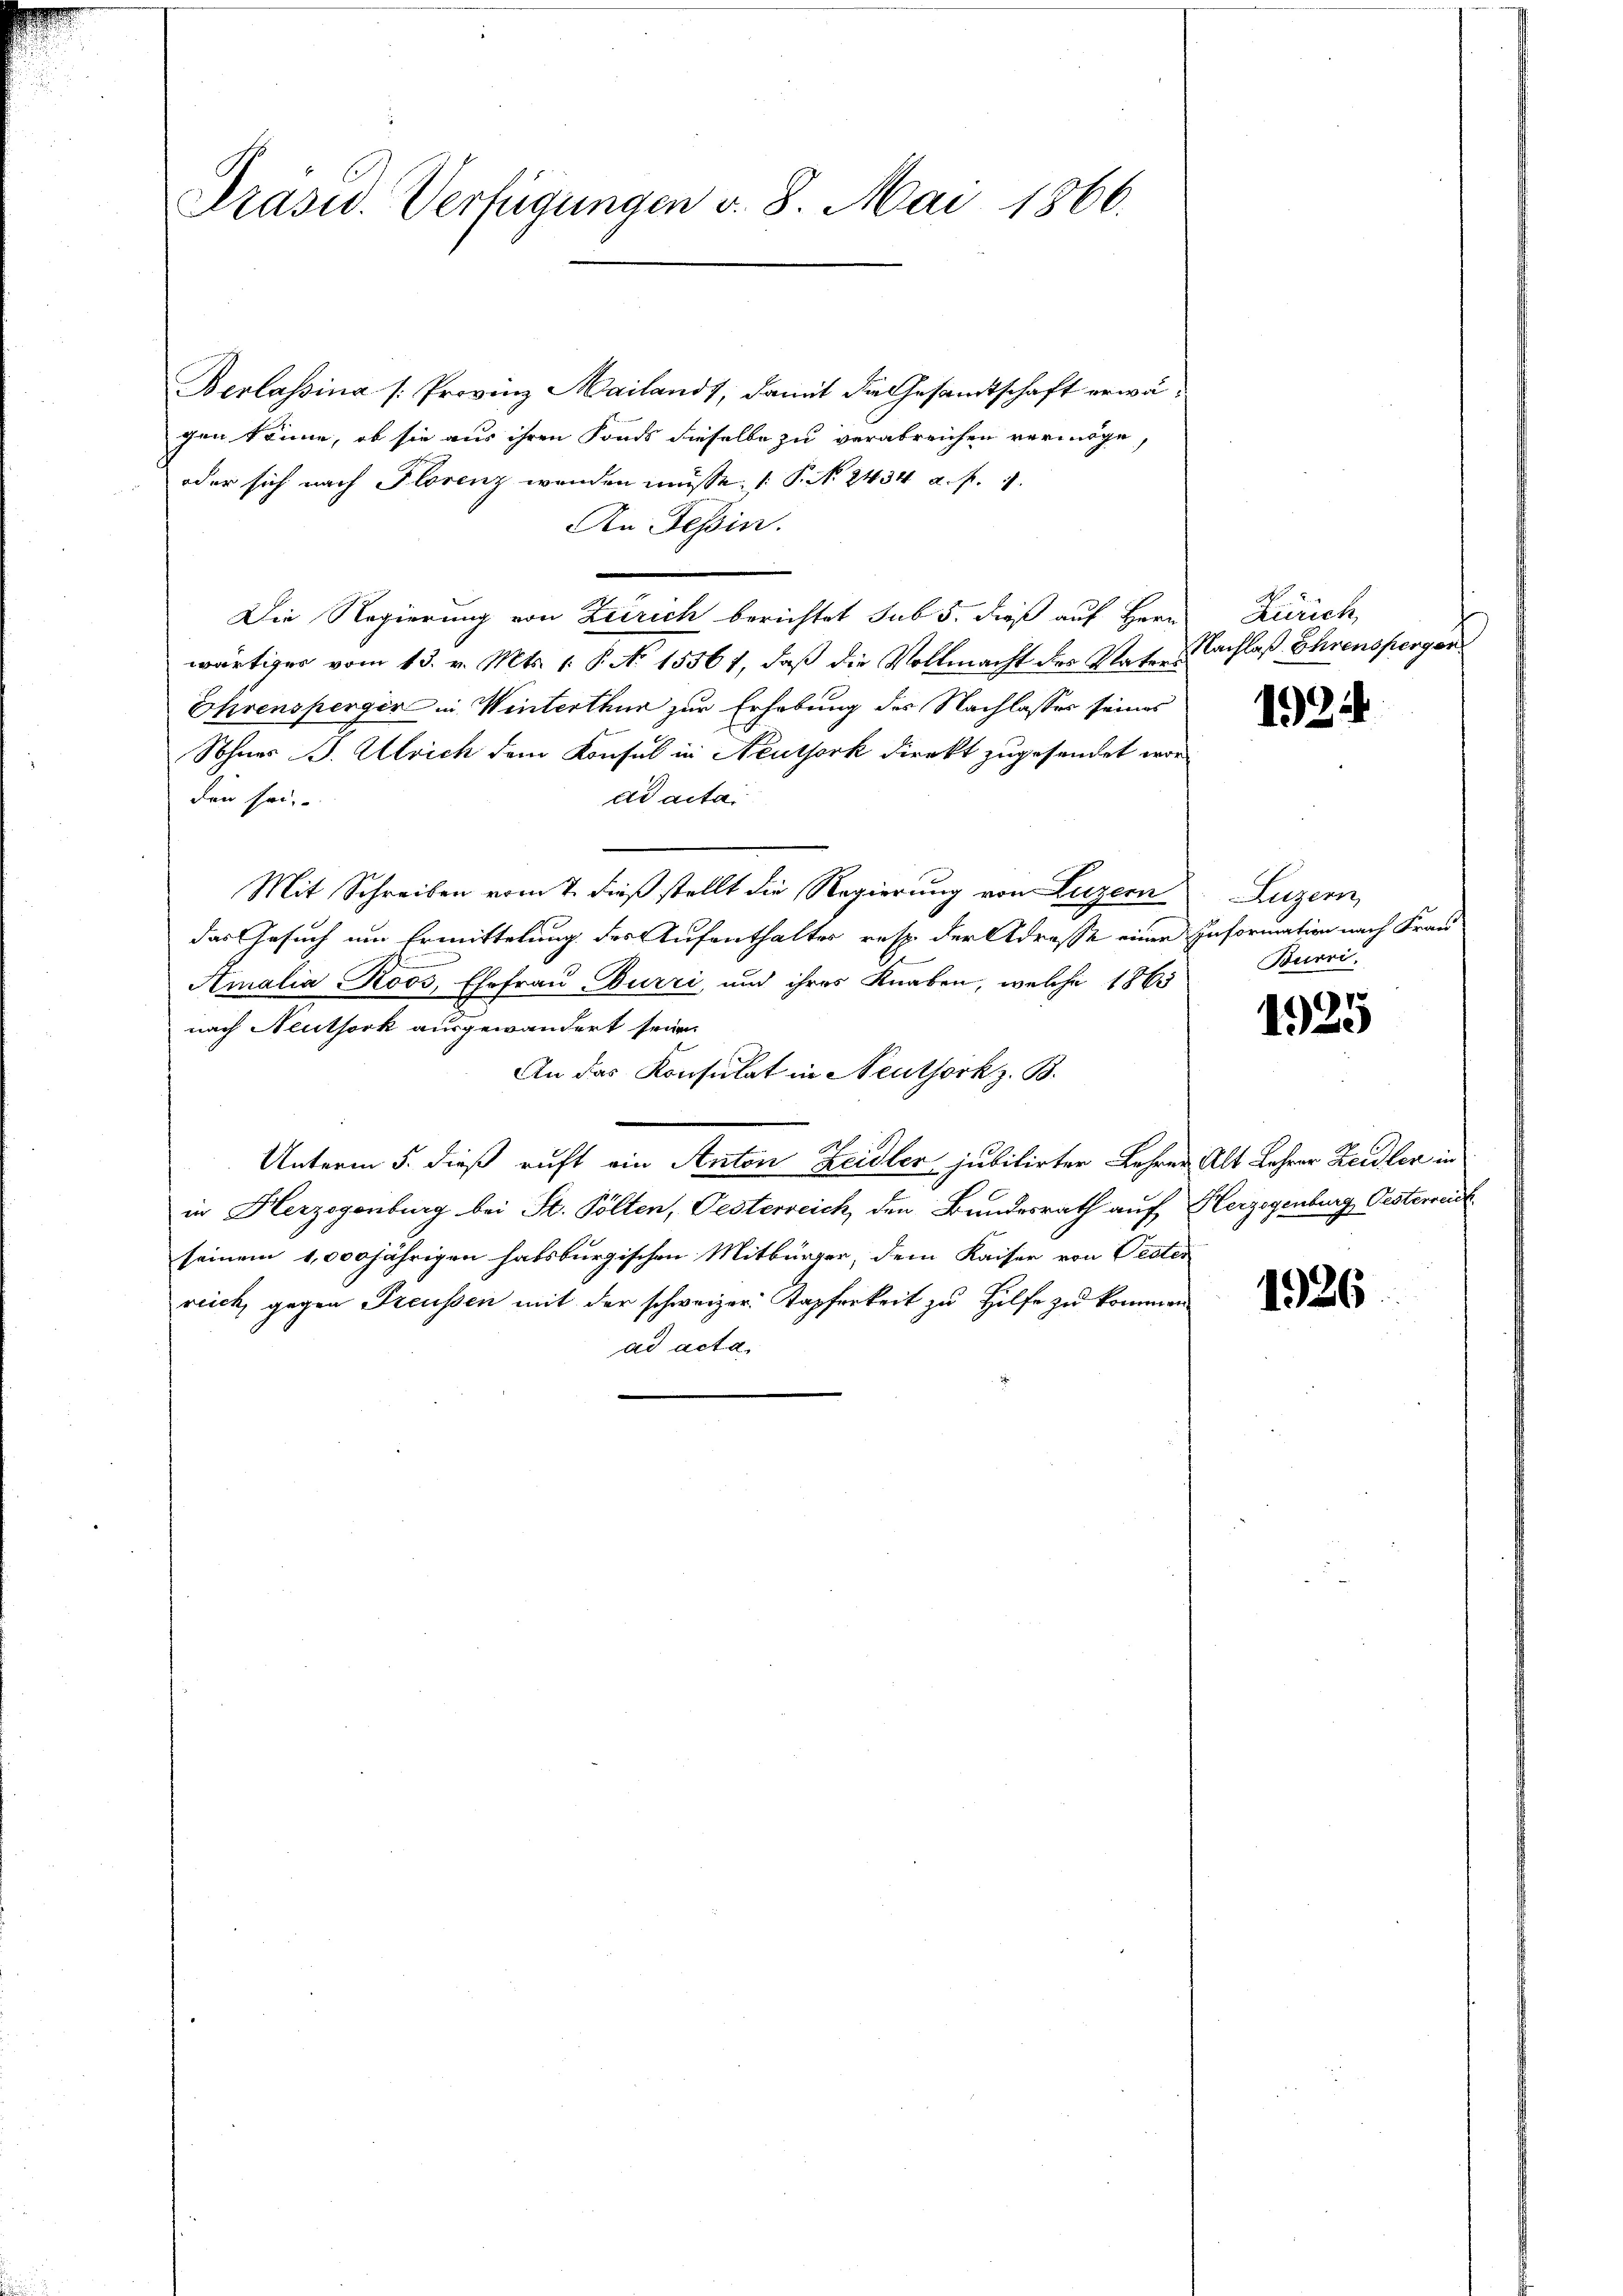
Präsid. Verfügungen v. 8. Mai 1866.

Berlassina (: Provinz Mailandt, damit die Gesandtschaft erwägen könne, ob sie aus ihren Fonds dieselbe zu verabreichen vermöge,
oder sich nach Florenz wenden müsse. ( P. N. 2434 a. f. 1.
An Tessin.
Die Regierung von Zeirich berichtet sub 5. dieß auf Herr
wärtiger vom 13. v. Mts. 1. P. No 15561, daß die Vollmacht des Vaters
Ehrensperger in Winterthur zur Erhebung des Nachlasses seines
Sohnes B. Ulrich dem Konsul in Neuthork direkt zugesendet wor
den sei.
ad acta
Mit Schreiben vom 7. dieß stellt die Regierung von Luzern
das Gesuch um Ermittelung des Aufenthalter resp. der Adresse einer Information nach Frau
Amalia Roos, Ehefrau Burri, und ihres Knaben, welche 1863
nach Neuthork ausgewandert seien
An das Konsulat in Neuthorkz. B.
Unterm 5. dieß ruft ein Anton Zeidler jubilirter Lehrer Alt Lehrer Zeidler in
in Herzogenburg bei St. Pölten, Pesterreich den Bundesrath auf Herzogenburg Oesterreic
seinem 1,000 jährigen habsburgischen Mitbürger, dem Kaiser von Pester
reich, gegen Freussen mit der schweizer Kapferkeit zu Hilfe zu kommen
ad acta,

Zürich,
Nachlaß Ehrensperger

1924

Luzern,
Burri

1925

1926